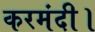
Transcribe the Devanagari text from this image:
करमंदी।